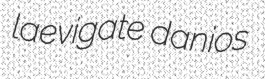
laevigate danios